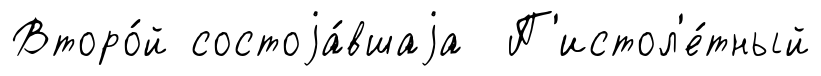
Второ́й состоjа́вшаjа П'истол'е́тный